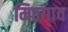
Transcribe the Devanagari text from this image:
मिठगाव